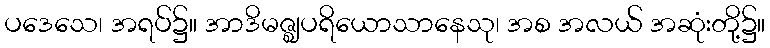
ပဒေသေ၊ အရပ်၌။ အာဒိမဇ္ဈပရိယောသာနေသု၊ အစ အလယ် အဆုံးတို့၌။